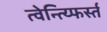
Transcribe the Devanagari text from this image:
त्वेन्त्य्फिर्स्त